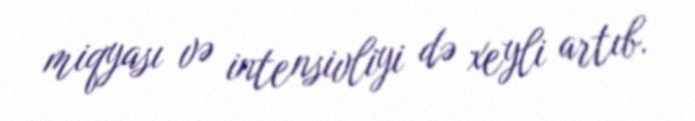
miqyası və intensivliyi də xeyli artıb.